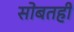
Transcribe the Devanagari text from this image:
सोबतही